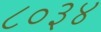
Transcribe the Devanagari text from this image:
८०३४